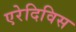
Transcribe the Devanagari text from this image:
एरेदिविस